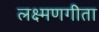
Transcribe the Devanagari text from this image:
लक्ष्मणगीता